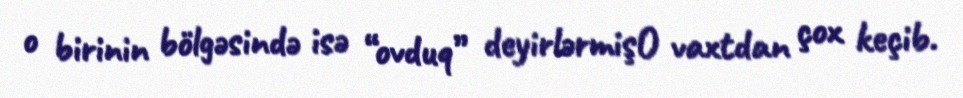
o birinin bölgəsində isə “ovduq” deyirlərmişO vaxtdan çox keçib.